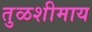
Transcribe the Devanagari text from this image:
तुळशीमाय